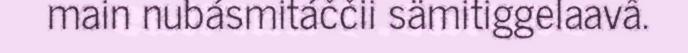
main nubásmitáččii sämitiggelaavâ.